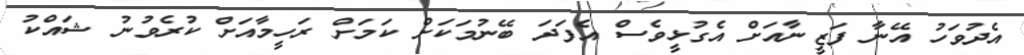
އެދުވަހު އޭނާ ފަޒީނާއަށް އެގުޅީވެސް އެފަދަ ބޭނުމަކަށް ކަމަށް ރަހީމާއަށް ކުރެވުނު ޝައްކު